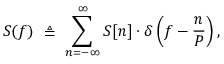
S ( f ) \ \triangleq \ \sum _ { n = - \infty } ^ { \infty } S [ n ] \cdot \delta \left( f - { \frac { n } { P } } \right) ,